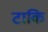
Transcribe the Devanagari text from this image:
टाकि